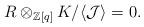
LaTeX: \begin{align*}R\otimes _{\mathbb{Z}[q]} K/\langle \mathcal{J}\rangle=0.\end{align*}